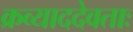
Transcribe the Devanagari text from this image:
क्रव्याददेवताः